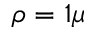
\rho = 1 \mu